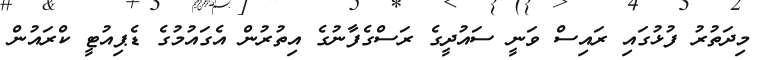
މިދަތުރު ފުޅުގައި ރައިސް ވަނީ ސައުދީގެ ރަސްގެފާނުގެ އިތުރުން އެގައުމުގެ ޑެޕިއުޓީ ކްރައުން